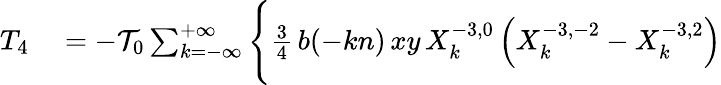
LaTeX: \begin{array}{rl}{T_{4}}&{{}=-{\cal T}_{0}\sum_{k=-\infty}^{+\infty}\Bigg\{ \frac{3}{4}\, b(-kn)\, xy\, X_{k}^{-3,0}\left(X_{k}^{-3,-2}-X_{k}^{-3,2}\right)}\end{array}